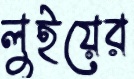
লুইয়ের